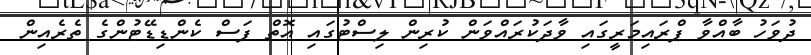
ދުވަހު ބާއްވާ ޕްރައިމަރީގައި ވާދަކުރައްވަން ކުރިން ލިސްޓުގައި އޮތް ފަސް ކެންޑިޑޭޓުންގެ ތެރެއިން